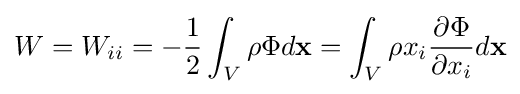
W=W_{ii}=-{\frac {1}{2}}\int _{V}\rho \Phi d\mathbf {x} =\int _{V}\rho x_{i}{\frac {\partial \Phi }{\partial x_{i}}}d\mathbf {x}